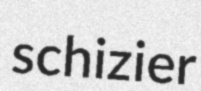
schizier